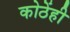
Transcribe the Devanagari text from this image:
कोठेंही